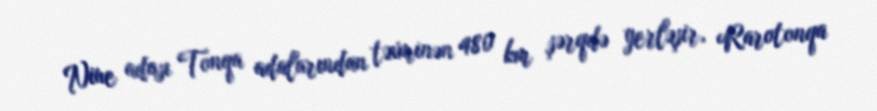
Niue adası Tonqa adalarından təxminən 480 km şərqdə yerləşir, Rarotonqa